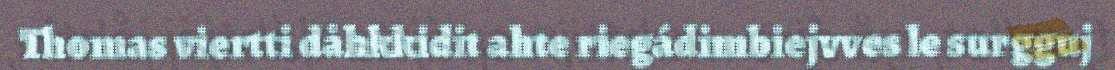
Thomas viertti dåhkkidit ahte riegádimbiejvves le surgguj